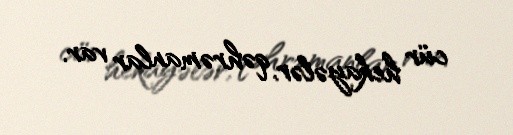
cür hekayələr, qəhrəmanlar var.